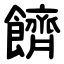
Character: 䭣